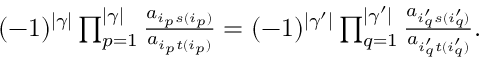
\begin{array} { r } { ( - 1 ) ^ { | \gamma | } \prod _ { p = 1 } ^ { | \gamma | } \frac { a _ { i _ { p } s ( i _ { p } ) } } { a _ { i _ { p } t ( i _ { p } ) } } = ( - 1 ) ^ { | \gamma ^ { \prime } | } \prod _ { q = 1 } ^ { | \gamma ^ { \prime } | } \frac { a _ { i _ { q } ^ { \prime } s ( i _ { q } ^ { \prime } ) } } { a _ { i _ { q } ^ { \prime } t ( i _ { q } ^ { \prime } ) } } . } \end{array}